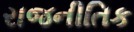
રાજનીતિક